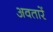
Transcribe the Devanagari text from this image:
अवतारें